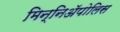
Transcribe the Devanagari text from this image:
मिन्निअॅपोलिस